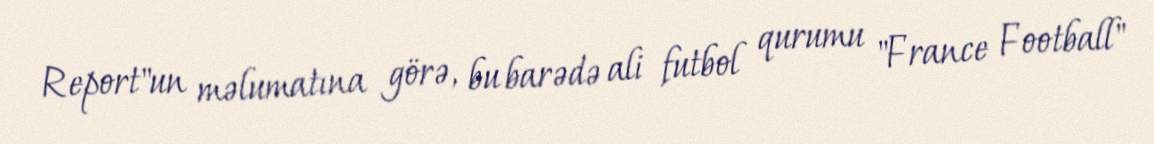
Report"un məlumatına görə, bu barədə ali futbol qurumu "France Football"